Lunatic asylums Bombay report 1878-1890 - 1878-1890
Year: 1878
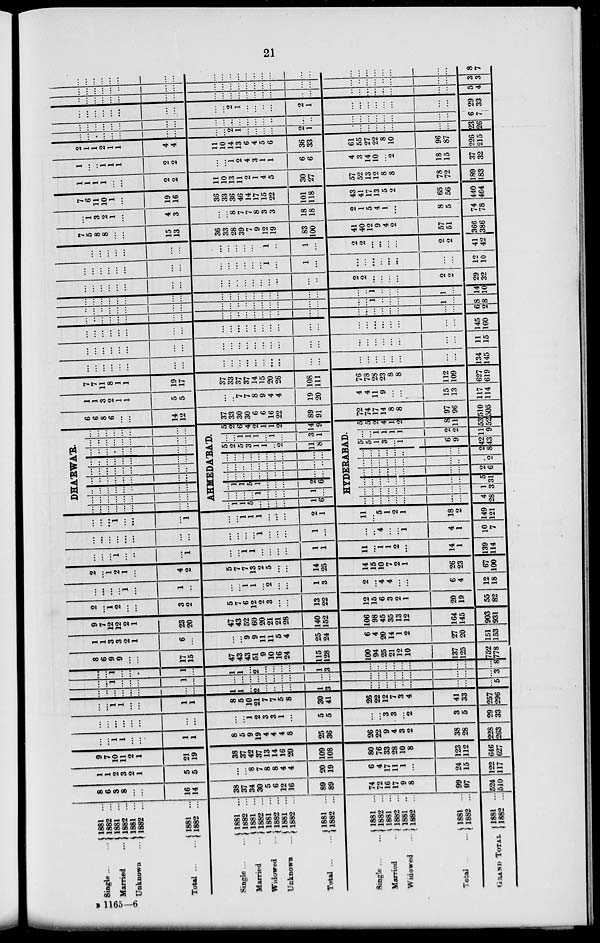
21
Single ... ...
Married ...
Unknown ...
Total ... ...
Single ... ...
Married ...
Widowed ...
Unknown ...
Total...
...
Single ... ...
Married ...
Widowed ...
Total ... ...
GRAND TOTAL
1881 ...
1882 ...
1881 ...
1882 ...
1881 ...
1882 ...
1881 ...
1882 ...
1881 ...
1882 ...
1881 ...
1882 ...
1881 ...
1882 ...
1881 ...
1882 ...
1881 ..
1882 ...
1881 ...
1882 ...
1881 ...
1882 ...
1881 ...
1882 ...
1881 ...
1882 ...
1881 ...
1882 ...
8
6
8
8
...
...
16
14
38
37
34
30
5
6
12
16
89
89
74
72
16
17
9
8
99
97
524
510
1
1
2
3
2
1
5
5
...
...
8
7
8
8
4
4
20
19
6
4
17
11
1
...
24
15
122
117
9
7
10
11
2
1
21
19
38
37
42
37
13
14
16
20
109
108
80
76
33
28
10
8
123
112
646
627
...
...
1
1
...
...
1
1
8
5
9
19
4
4
4
8
25
36
26
22
9
4
3
2
38
28
228
263
...
...
...
...
...
...
...
...
...
...
1
2
3
3
1
...
5
5
...
...
3
3
...
2
3
5
29
33
...
...
1
1
...
...
1
1
8
5
10
21
7
7
5
8
30
41
26
22
12
7
3
4
41
33
257
296
...
...
...
...
...
...
...
...
1
1
...
2
...
...
...
...
1
3
...
...
...
...
...
...
...
...
...
5
...
...
1
...
...
...
1
...
...
...
...
...
...
...
...
...
...
...
...
...
...
...
...
...
...
...
...
3
...
...
1
...
...
...
1
...
1
1
...
2
...
...
...
...
1
3
...
...
...
...
...
...
...
...
...
8
8
6
9
9
...
...
17
15
47
43
43
51
9
10
16
24
115
128
100
94
25
21
12
10
137
125
752
778
1
1
3
3
2
1
6
...
...
...
9
9
11
11
5
4
25
24
6
4
20
14
1
2
27
20
151
153
9
7
12
12
2
1
23
20
47
43
52
60
20
21
21
28
140
152
106
98
45
35
13
12
164
145
903
931
2
...
1
2
...
...
3
2
5
7
6
12
2
3
...
...
13
22
12
15
6
3
2
1
20
19
55
82
...
...
...
...
1
...
1
...
...
...
1
1
...
2
...
...
1
3
2
...
4
4
...
...
6
4
12
18
2
...
1
2
1
...
4
2
5
7
7
13
2
5
...
...
14
25
14
15
10
7
2
1
26
23
67
100
...
...
...
1
...
...
...
1
...
...
1
1
...
...
...
...
1
1
11
...
1
1
2
...
14
1
139
114
...
...
...
...
...
...
...
...
...
...
...
...
1
...
...
...
1
...
...
...
4
...
...
1
4
1
10
7
...
...
...
1
...
...
...
1
...
...
1
1
1
...
...
...
2
1
11
...
5
1
2
1
18
2
149
121
DHA'RWA'R.
...
...
...
...
...
...
...
...
...
...
...
...
...
...
...
...
...
...
...
...
...
...
...
...
...
...
...
...
...
...
...
...
...
...
...
...
...
...
...
...
...
...
...
...
...
...
...
...
...
...
...
...
...
...
...
...
...
...
...
...
...
...
...
...
...
...
...
...
...
...
...
...
AHMEDA' BA' D.
...
l
1
5
...
...
...
...
1
6
...
...
...
...
1
...
...
...
1
...
...
1
1
5
1
...
...
...
2
6
...
...
...
...
...
...
...
...
...
...
...
...
...
...
...
...
...
...
...
...
...
...
...
...
...
...
...
...
...
...
5
2
5
3
1
1
...
2
11
8
...
...
1
1
1
...
1
...
3
1
5
2
6
4
2
1
1
2
14
9
HYDERABAD.
...
...
...
...
...
...
...
...
4
28
...
...
...
...
...
...
...
...
1
3
...
...
...
...
...
...
...
...
5
31
...
...
...
...
...
...
...
...
2
6
...
...
...
...
...
...
...
...
...
2
...
...
...
...
...
...
...
...
2
8
5
5
1
3
...
1
6
9
42
43
...
...
1
1
1
1
2
2
11
9
5
5
2
4
1
2
8
11
53
52
6
6
8
6
...
...
14
12
37
33
30
30
6
6
16
22
89
91
72
74
17
14
8
8
97
96
510
505
1
1
3
2
1
1
5
5
...
...
7
7
8
9
4
4
19
20
4
4
11
9
...
...
15
13
117
114
7
7
11
8
1
1
19
17
37
33
37
37
14
15
20
26
108
111
76
78
28
23
8
8
112
109
627
619
...
...
...
...
...
...
...
...
...
...
...
...
...
...
...
...
...
...
...
...
...
...
...
...
...
...
134
145
...
...
...
...
...
...
...
...
...
...
...
...
...
...
...
...
...
...
...
...
...
...
...
...
...
...
11
15
...
...
...
...
...
...
...
...
...
...
...
...
...
...
...
...
...
...
...
...
...
...
...
...
...
...
145
160
...
...
...
...
...
...
...
...
...
...
...
...
...
...
...
...
...
...
...
...
...
...
...
...
...
...
6
2
...
...
...
...
...
...
...
...
...
...
...
...
...
...
...
...
...
...
...
...
1
...
...
...
1
...
8
8
...
...
...
...
...
...
...
...
...
...
...
...
...
...
...
...
...
...
...
...
1
...
...
...
1
...
14
10
...
...
...
...
...
...
...
...
...
...
...
...
...
...
...
...
...
...
2
2
...
...
...
...
2
2
29
32
...
...
...
...
...
...
...
...
...
...
...
...
...
...
1
...
1
...
...
...
...
...
...
...
...
...
12
10
...
...
...
...
...
...
...
...
...
...
...
...
...
...
1
...
1
...
2
2
...
...
...
...
2
2
41
42
7
5
8
8
...
...
15
13
36
33
28
39
7
9
12
19
83
100
41
40
12
9
4
2
57
51
366
386
...
1
3
2
1
...
4
3
...
...
8
7
7
8
3
3
18
18
2
1
5
4
1
...
8
5
74
78
7
6
11
10
1
...
19
16
36
33
36
46
14
17
15
22
101
118
43
41
17
13
5
2
65
56
440
464
1
1
1
1
...
...
2
2
11
10
13
11
2
1
4
5
30
27
57
52
13
12
8
8
78
72
189
183
1
...
...
1
1
1
2
2
...
...
1
2
4
3
1
1
6
6
4
3
14
10
...
2
18
15
37
32
2
1
1
2
1
1
4
4
11
10
14
13
6
4
5
6
36
33
61
55
27
22
8
10
96
87
226
215
...
...
...
...
...
...
...
...
...
...
2
1
...
...
...
...
2
1
...
...
...
...
...
...
...
...
23
26
...
...
...
...
...
...
...
...
...
...
...
...
...
...
...
...
...
...
...
...
...
...
...
...
...
...
6
7
...
...
...
...
...
...
...
...
...
...
2
1
...
...
...
...
2
1
...
...
...
...
...
...
...
...
99
33
...
...
...
...
...
...
...
...
...
...
...
...
...
...
...
...
...
...
...
...
...
...
...
...
...
...
5
4
...
...
...
...
...
...
...
...
...
...
...
...
...
...
...
...
...
...
...
...
...
...
...
...
...
...
3
3
...
...
...
...
...
...
...
...
...
...
...
...
...
...
...
...
...
...
...
...
...
...
...
...
...
...
8
7
B 1165—6